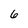
Character: 6